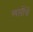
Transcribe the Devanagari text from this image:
लसींचे